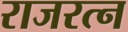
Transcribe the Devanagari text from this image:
राजरत्न